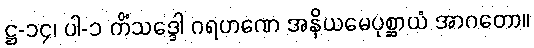
ဋ္ဌ-၁၄၊ ပါ-၁ ကိံသဒ္ဒေါ ဂရဟဏေ အနိယမေပုစ္ဆာယံ အာဂတော။